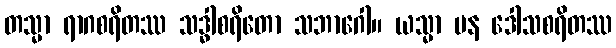
တသ္မာ ရာဂစရိတဿ သဒ္ဓါစရိတော သဘာဂေါ။ ယသ္မာ ပန ဒေါသစရိတဿ